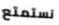
نستمتع